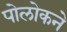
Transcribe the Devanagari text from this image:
पोलोकने